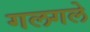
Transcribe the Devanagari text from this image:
गलगले